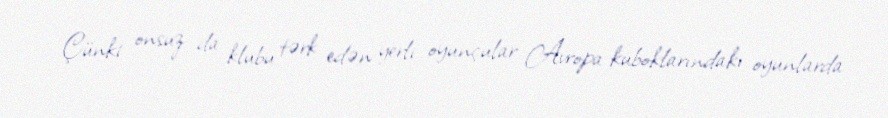
Çünki onsuz da klubu tərk edən yerli oyunçular Avropa kuboklarındakı oyunlarda